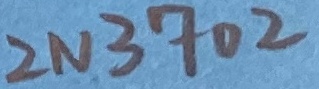
Text: 2N3702